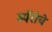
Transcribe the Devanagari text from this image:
स्पॅरोचे